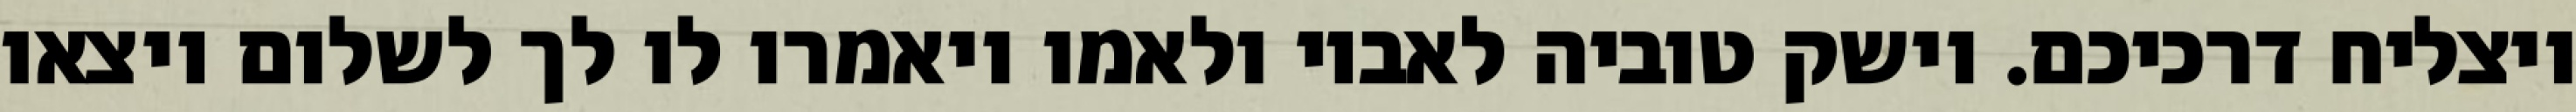
ויצליח דרכיכם. וישק טוביה לאביו ולאמו ויאמרו לו לך לשלום ויצאו